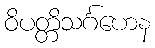
ဝိပတ္တိသင်္ဂဟေန